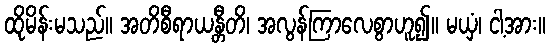
ထိုမိန်းမသည်။ အတိစီရာယန္တီတိ၊ အလွန်ကြာလေစွာဟူ၍။ မယှံ၊ ငါ့အား။